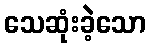
သေဆုံးခဲ့သော